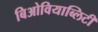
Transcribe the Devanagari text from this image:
बिओवियाब्लिटी